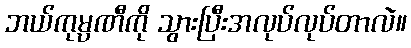
ဘယ်ကုမ္ပဏီကို သွားပြီးအလုပ်လုပ်တာလဲ။